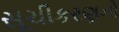
સૂચીકરણનો